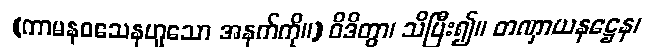
(ကာမနဝသေနဟူသော အနက်ကို။) ဝိဒိတွာ၊ သိပြီး၍။ တဏှာယနဋ္ဌေန၊